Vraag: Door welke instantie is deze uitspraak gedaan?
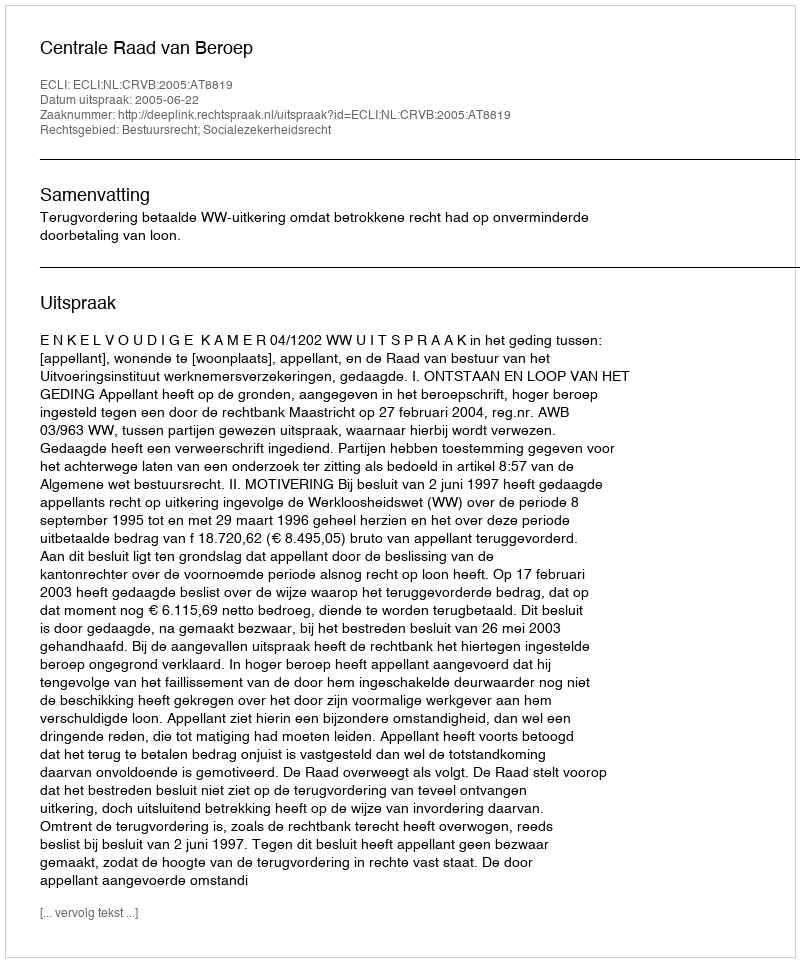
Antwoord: Centrale Raad van Beroep